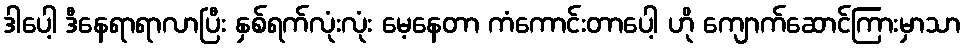
ဒါပေါ့ ဒီနေရာရာလာပြီး နှစ်ရက်လုံးလုံး မေ့နေတာ ကံကောင်းတာပေါ့ ဟို ကျောက်ဆောင်ကြားမှာသာ